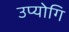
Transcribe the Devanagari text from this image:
उप्योगि